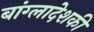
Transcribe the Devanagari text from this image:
बांग्लादेशकी